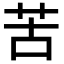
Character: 苦